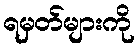
ရမှတ်များကို